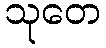
သုတေ